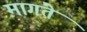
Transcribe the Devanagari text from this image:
मागंते